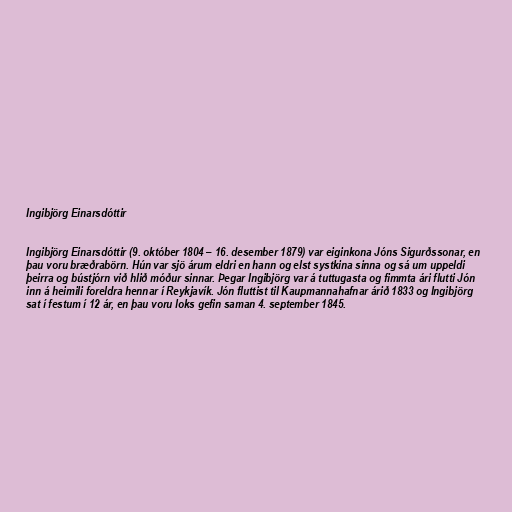
Ingibjörg Einarsdóttir

Ingibjörg Einarsdóttir (9. október 1804 – 16. desember 1879) var eiginkona Jóns Sigurðssonar, en
þau voru bræðrabörn. Hún var sjö árum eldri en hann og elst systkina sinna og sá um uppeldi
þeirra og bústjórn við hlið móður sinnar. Þegar Ingibjörg var á tuttugasta og fimmta ári flutti Jón
inn á heimili foreldra hennar í Reykjavík. Jón fluttist til Kaupmannahafnar árið 1833 og Ingibjörg
sat í festum í 12 ár, en þau voru loks gefin saman 4. september 1845.